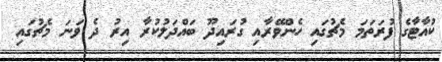
ކުއާޓާގެ ފުރަތަމަ މެޗުގައި ހެންވޭރާއި ގުރައިދޫ ބައްދަލުކުރާ އިރު ދެ ވަނަ މެޗުގައި